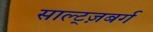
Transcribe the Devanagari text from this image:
साल्ट्ज़बर्ग